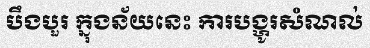
បឹងបួរ ក្នុងន័យនេះ ការបង្ហូរសំណល់